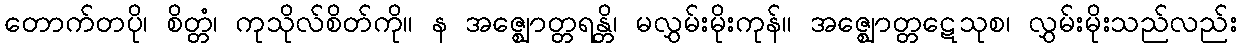
တောက်တပို၊ စိတ္တံ၊ ကုသိုလ်စိတ်ကို။ န အဇ္ဈောတ္တရန္တိ၊ မလွှမ်းမိုးကုန်။ အဇ္ဈောတ္တဋေသုစ၊ လွှမ်းမိုးသည်လည်း